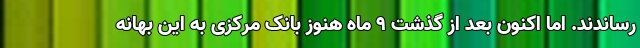
رساندند. اما اکنون بعد از گذشت ۹ ماه هنوز بانک مرکزی به این بهانه